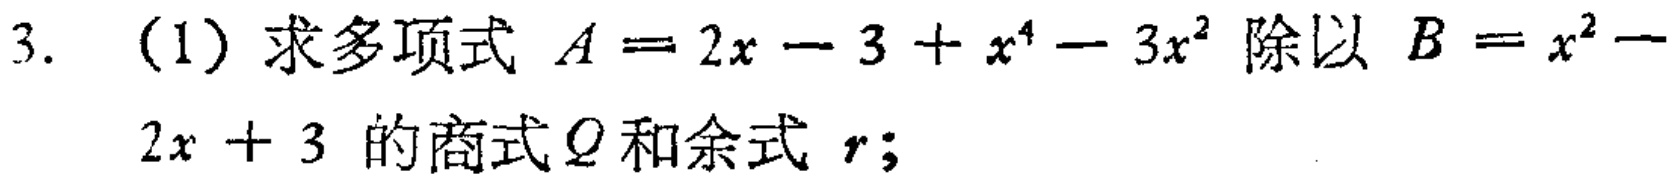
3. (1) 求多项式 \(A = 2x - 3 + x^{4} - 3x^{2}\) 除以 \(B = x^{2}-2x + 3\) 的商式 \(Q\) 和余式 \(r\);